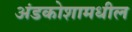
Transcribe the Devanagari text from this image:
अंडकोशामधील